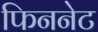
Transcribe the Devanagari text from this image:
फिननेट